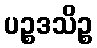
ပဉ္စဒသိဉ္စ